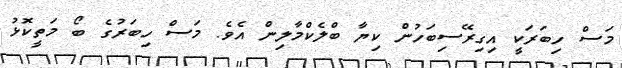
މަސް ހިބަރަކީ އިގިރޭސިބަހުން ކިޔާ ބްލެކްމާލިން އެވެ. މަސް ހިބަރުގެ ބޯ މަތީކޮޅު